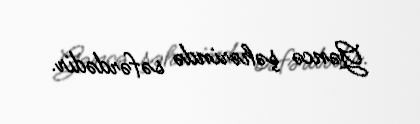
Gəncə şəhərində səfərdədir.